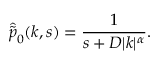
\hat { \tilde { p } } _ { 0 } ( k , s ) = \frac { 1 } { s + D | k | ^ { \alpha } } .